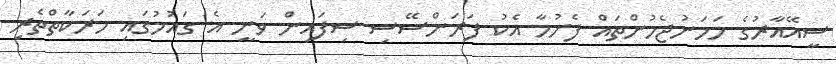
ސީއޭއާރުގެ ހަމަނުޖެހުންތައް ފެށުމާ އެކު ފަރަންސޭސި ސިފައިން ވަނީ އެ ގައުމުގައި ހަރަކާތްތެރި